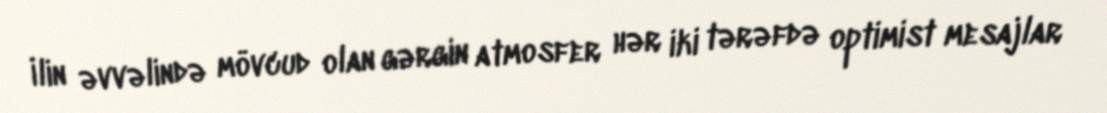
İlin əvvəlində mövcud olan gərgin atmosfer hər iki tərəfdə optimist mesajlar